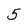
Character: 5